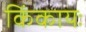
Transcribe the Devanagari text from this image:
किंकायः